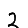
Digit: 2